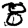
Digit: 8